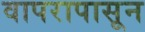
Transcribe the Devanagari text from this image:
वापरापासून